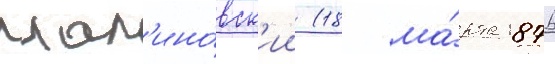
мал'ино́вск'ии (18 ма́рта 1876